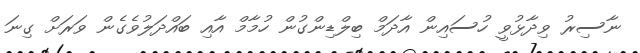
ނާސިރު ވިދާޅުވީ ހުސައިން އާދަމް ބިލްޑިންގުން ހުމާމް އާއި ބައްދަލުވެގެން ވަރަށް ގިނަ